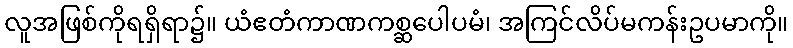
လူအဖြစ်ကိုရရှိရာ၌။ ယံဧတံကာဏကစ္ဆပေါပမံ၊ အကြင်လိပ်မကန်းဥပမာကို။